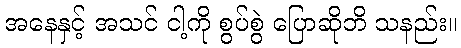
အနေနှင့် အသင် ငါ့ကို စွပ်စွဲ ပြောဆိုဘိ သနည်း။